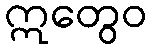
ဣတွေဝ